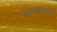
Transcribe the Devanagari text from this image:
दहनसंस्कार